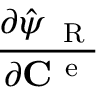
\frac { \partial \hat { \psi } _ { \mathrm { ~ \tiny ~ R ~ } } } { \partial { { \bf C } ^ { \mathrm { ~ e ~ } } } }